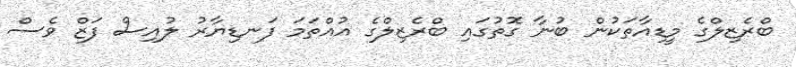
ބްރެޒިލްގެ މީޑިއާތަކުން ބުނާ ގޮތުގައި ބްރެޒިލްގެ އުއްތަމަ ފަނޑިޔާރު ލުއިސް ފަޒް ވެސް